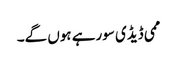
ممی ڈیڈی سورہے ہوں گے۔